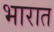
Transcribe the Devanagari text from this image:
भारात